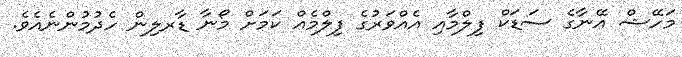
މަހޭޝް އޭނާގެ ސަޑަކް ފިލްމާއި އެއްވަރުގެ ފިލްމެއް ކަމަށް މޯނާ ޑާރލިން ހެދުމުންނެއެވެ.